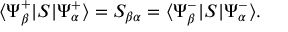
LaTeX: \langle \Psi _ { \beta } ^ { + } | S | \Psi _ { \alpha } ^ { + } \rangle = S _ { \beta \alpha } = \langle \Psi _ { \beta } ^ { - } | S | \Psi _ { \alpha } ^ { - } \rangle .